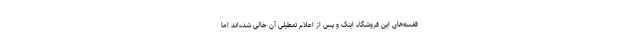
قفسه‌های این فروشگاه اینک و پس از اعلام تعطیلی آن خالی شده‌اند اما